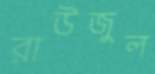
রাউজুল